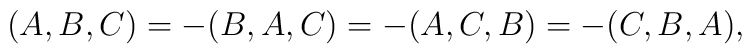
(A,B,C) = -(B,A,C) = -(A,C,B) = -(C,B,A),